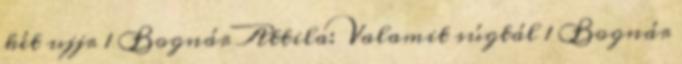
két ujjr 1 Bognár Attila: Valamit súgtál 1 Bognár